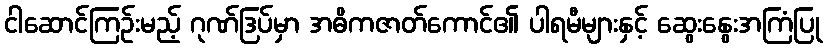
ငါဆောင်ကြဉ်းမည့် ဂုဏ်ဒြပ်မှာ အဓိကဇာတ်ကောင်၏ ပါရမီများနှင့် ဆွေးနွေးအကြံပြု